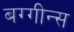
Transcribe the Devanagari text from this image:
बग्गीन्स